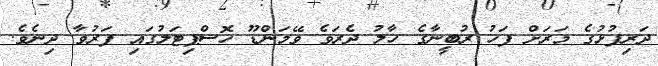
ދަރިފުޅުގެ މަރަށް ފަހު ރުބީނާގެ ހާލު ދެރަވެ ވޭމަންޑޫ ހޮސްޕިޓަލުގައި ފަރުވާ ދިނެވެ.